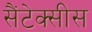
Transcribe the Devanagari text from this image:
सैंटेक्सीस